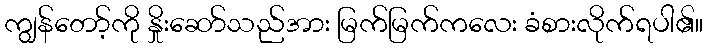
ကျွန်တော့်ကို နှိုးဆော်သည်အား မြက်မြက်ကလေး ခံစားလိုက်ရပါ၏။